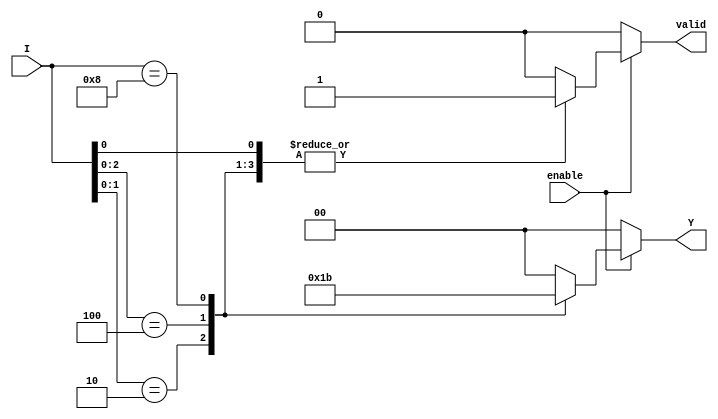
module encoder_1_of_N #(parameter N = 4) (
    input wire enable,
    input wire [N-1:0] I,
    output reg [$clog2(N)-1:0] Y,
    output reg valid
);

    always @(*) begin
        if (!enable) begin
            Y = 0;        // Set outputs to zero if enable is low
            valid = 0;    // Invalid output
        end else begin
            valid = 1;    // Output valid while enable is high
            casez (I)     // Use casez to handle high impedance or don't care conditions
                // Check from the highest input to lowest for priority
                4'b???1: Y = 2'b00;  // I[0] = 1
                4'b??10: Y = 2'b01;  // I[1] = 1
                4'b?100: Y = 2'b10;  // I[2] = 1
                4'b1000: Y = 2'b11;  // I[3] = 1
                default: begin
                    Y = 0; // Default case if no input is active
                    valid = 0; // Indicates no valid input
                end
            endcase
        end
    end
endmodule